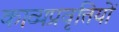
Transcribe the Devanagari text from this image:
काव्यप्रवृत्तियों